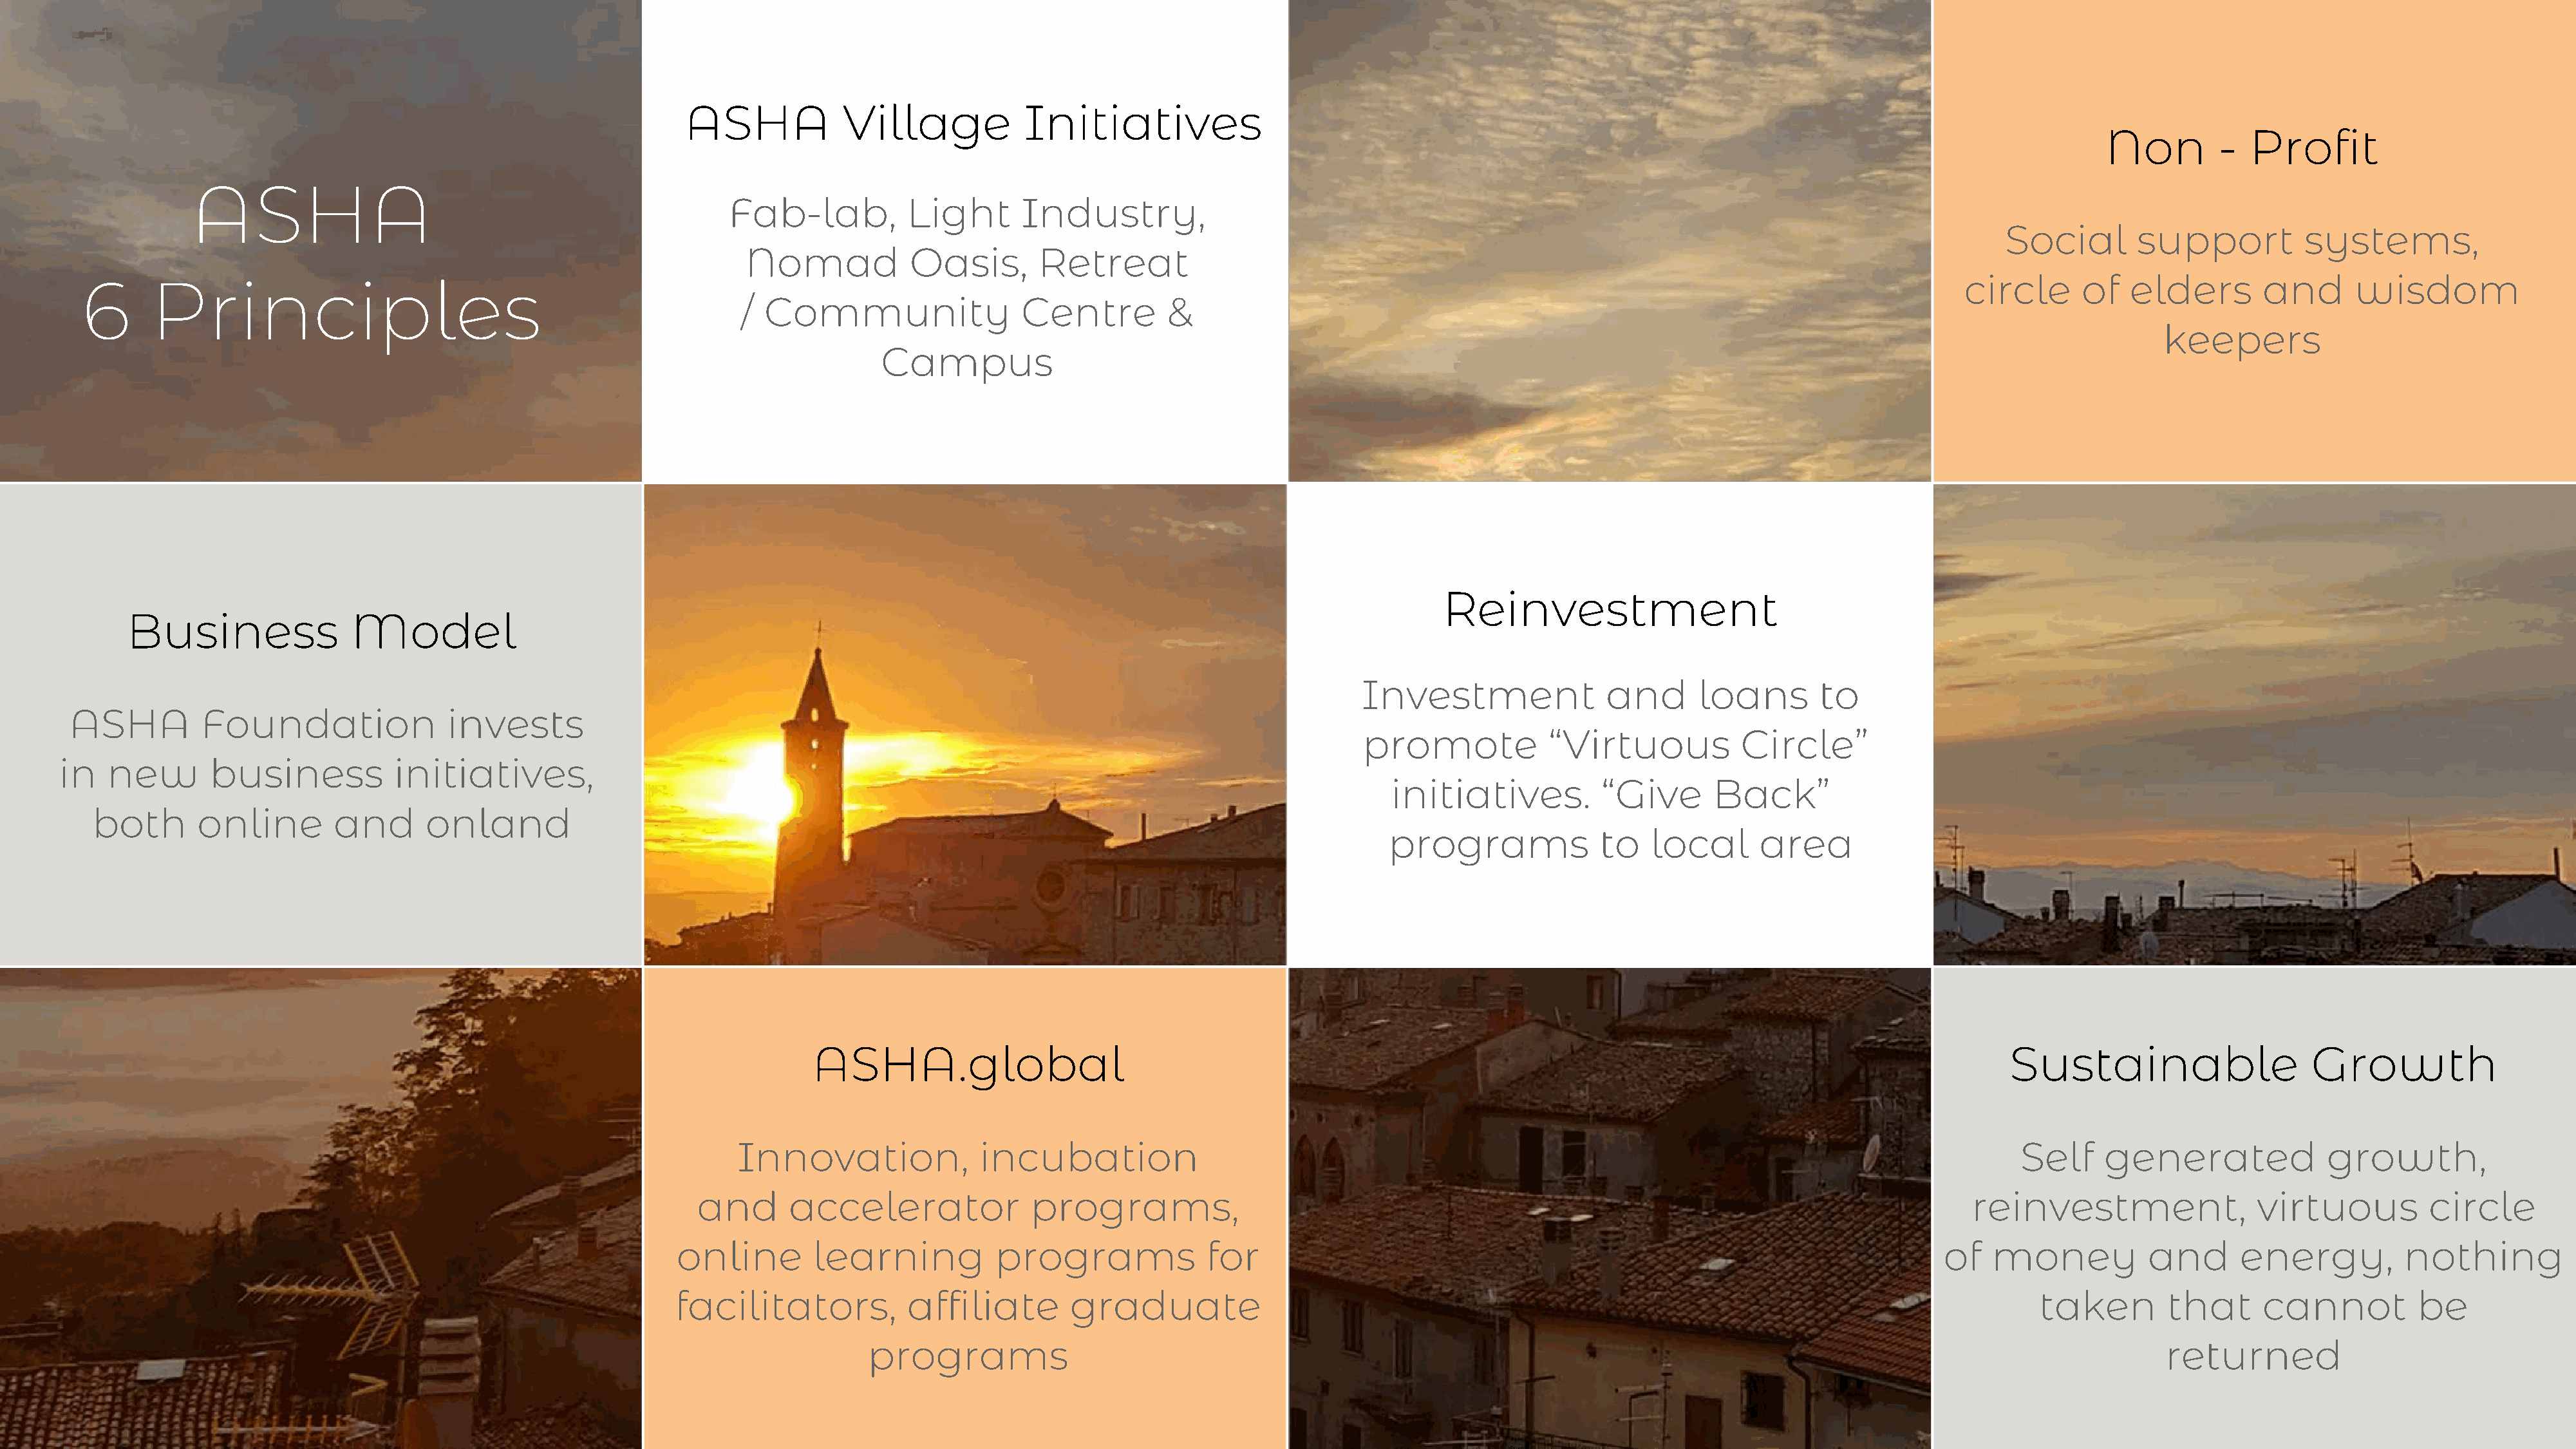
ASHA             Village           Initiatives
 Non         -  Profit
 ASHA
 Fab-lab,          Light       Industry,
 Social        support          systems,
 Nomad            Oasis,       Retreat
 circle      of   elders        and      wisdom
 6      Principles
 /  Community                 Centre         &
 keepers
 Campus
 Reinvestment
 Business               Model
 Investment               and       loans       to
 ASHA          Foundation               invests
 promote            “Virtuous           Circle”
 in   new        business          initiatives,
 initiatives.          “Give      Back”
 both       online        and       onland
 programs             to    local      area
 ASHA.global                                                                                                                 Sustainable                    Growth
 Innovation,              incubation                                                                                                 Self    generated              growth,
 and      accelerator              programs,                                                                                        reinvestment,                virtuous          circle
 online        learning          programs              for                                                                         of   money           and      energy,          nothing
 facilitators,           affiliate        graduate                                                                                            taken        that      cannot         be
 programs                                                                                                                              returned